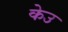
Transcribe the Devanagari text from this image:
केउ